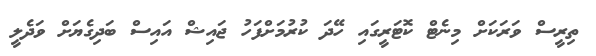
ތިރީސް ވަރަކަށް މިނެޓް ކޮޓަރީގައި ހޭދަ ކުރުމަށްފަހު ޖައިޝް އައިސް ބަދިގެޔަށް ވަދެލީ